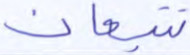
تتبعان